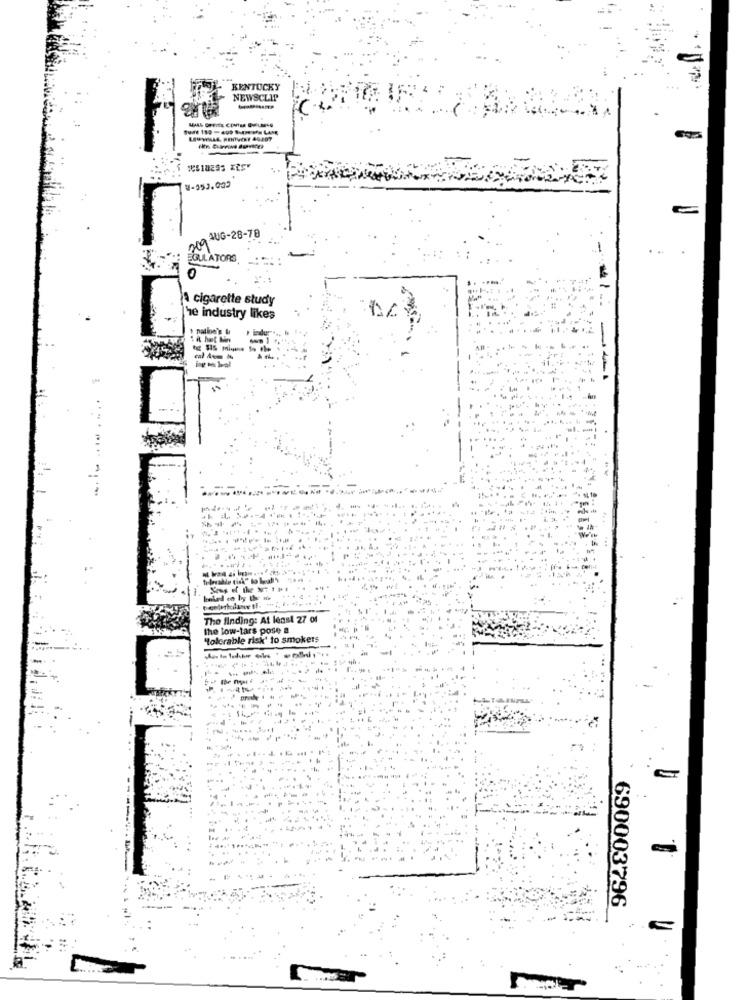
KENTUCKY
NEWSCLIP
3-952.002
AUG-28-78
209
EGULATORS
a cigarette study
he industry likes
t nation's &
Lit hat bin
telecable tisk" to lul'y
Tho finding: At least 27 of
the low-tars pose a
"Tolerable risk' to smokers
690003796